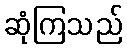
ဆုံကြသည်